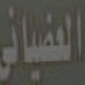
العضياني